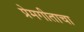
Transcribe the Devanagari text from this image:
प्रेमगीताचा